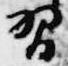
習